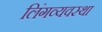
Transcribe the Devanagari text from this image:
लिंगव्यवस्था